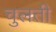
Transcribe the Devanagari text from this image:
चुलती